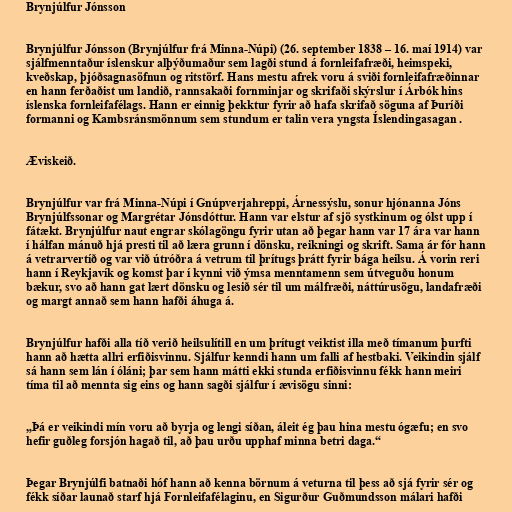
Brynjúlfur Jónsson

Brynjúlfur Jónsson (Brynjúlfur frá Minna-Núpi) (26. september 1838 – 16. maí 1914) var
sjálfmenntaður íslenskur alþýðumaður sem lagði stund á fornleifafræði, heimspeki,
kveðskap, þjóðsagnasöfnun og ritstörf. Hans mestu afrek voru á sviði fornleifafræðinnar
en hann ferðaðist um landið, rannsakaði fornminjar og skrifaði skýrslur í Árbók hins
íslenska fornleifafélags. Hann er einnig þekktur fyrir að hafa skrifað söguna af Þuríði
formanni og Kambsránsmönnum sem stundum er talin vera yngsta Íslendingasagan .

Æviskeið.

Brynjúlfur var frá Minna-Núpi í Gnúpverjahreppi, Árnessýslu, sonur hjónanna Jóns
Brynjúlfssonar og Margrétar Jónsdóttur. Hann var elstur af sjö systkinum og ólst upp í
fátækt. Brynjúlfur naut engrar skólagöngu fyrir utan að þegar hann var 17 ára var hann
í hálfan mánuð hjá presti til að læra grunn í dönsku, reikningi og skrift. Sama ár fór hann
á vetrarvertíð og var við útróðra á vetrum til þrítugs þrátt fyrir bága heilsu. Á vorin reri
hann í Reykjavík og komst þar í kynni við ýmsa menntamenn sem útveguðu honum
bækur, svo að hann gat lært dönsku og lesið sér til um málfræði, náttúrusögu, landafræði
og margt annað sem hann hafði áhuga á.

Brynjúlfur hafði alla tíð verið heilsulítill en um þrítugt veiktist illa með tímanum þurfti
hann að hætta allri erfiðisvinnu. Sjálfur kenndi hann um falli af hestbaki. Veikindin sjálf
sá hann sem lán í óláni; þar sem hann mátti ekki stunda erfiðisvinnu fékk hann meiri
tíma til að mennta sig eins og hann sagði sjálfur í ævisögu sinni:

„Þá er veikindi mín voru að byrja og lengi síðan, áleit ég þau hina mestu ógæfu; en svo
hefir guðleg forsjón hagað til, að þau urðu upphaf minna betri daga.“

Þegar Brynjúlfi batnaði hóf hann að kenna börnum á veturna til þess að sjá fyrir sér og
fékk síðar launað starf hjá Fornleifafélaginu, en Sigurður Guðmundsson málari hafði